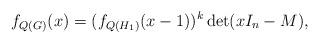
LaTeX: \begin{align*}f_{Q(G)} (x) = (f_{Q(H_1 )} (x-1))^k \det (xI_n - M),\end{align*}